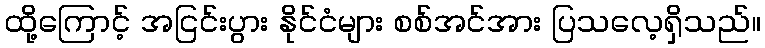
ထို့ကြောင့် အငြင်းပွား နိုင်ငံများ စစ်အင်အား ပြသလေ့ရှိသည်။